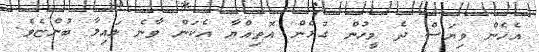
އެހެން ވިޔަސް ދެ މީހުން ގުޅެން އޮތިއްޔާ އެކަން ވާނެ ލައިލާ ބުންޏެވެ.